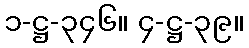
၁-ဋ္ဌ-၃၄၆။ ၄-ဋ္ဌ-၃၉။